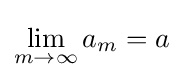
\lim _{m\to \infty }a_{m}=a